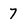
Character: 7